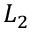
L _ { 2 }